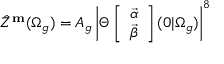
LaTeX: \hat { Z } ^ { \bf m } ( \Omega _ { g } ) = A _ { g } \left| \Theta \left[ \begin{array} { c } { { { \vec { \alpha } } } } \\ { { { \vec { \beta } } } } \end{array} \right] ( 0 \vert \Omega _ { g } ) \right| ^ { 8 }